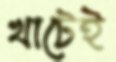
খাটেই